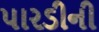
પારડીની